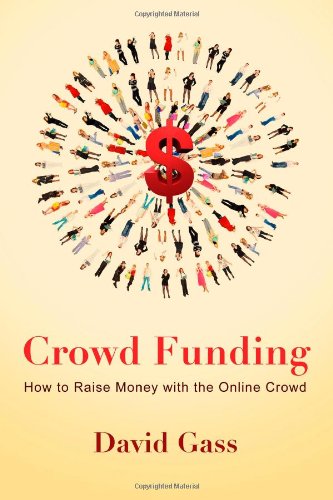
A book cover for Crowd Funding: How To Raise Money With The Online Crowd; David Gass; Business & Money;